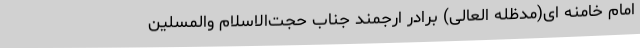
امام خامنه ای(مدظله العالی) برادر ارجمند جناب حجت‌الاسلام والمسلین